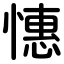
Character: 憓